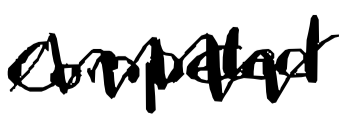
Text: competed
Cross-out: zig-zag
Writing tool: digital_black